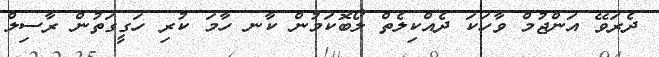
ދެރަވޭ އަންޖުމް ވާހަކަ ދެއްކިލެތް ލޯބޮކަމުން ކާނ ހާމަ ކުރި ހަގީގަތުން ރާސިލް